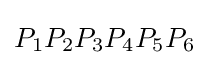
P_{1}P_{2}P_{3}P_{4}P_{5}P_{6}